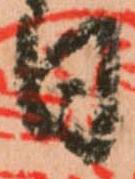
日